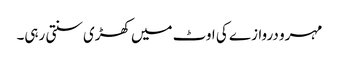
مہرو دروازے کی اوٹ میں کھڑی سنتی رہی۔